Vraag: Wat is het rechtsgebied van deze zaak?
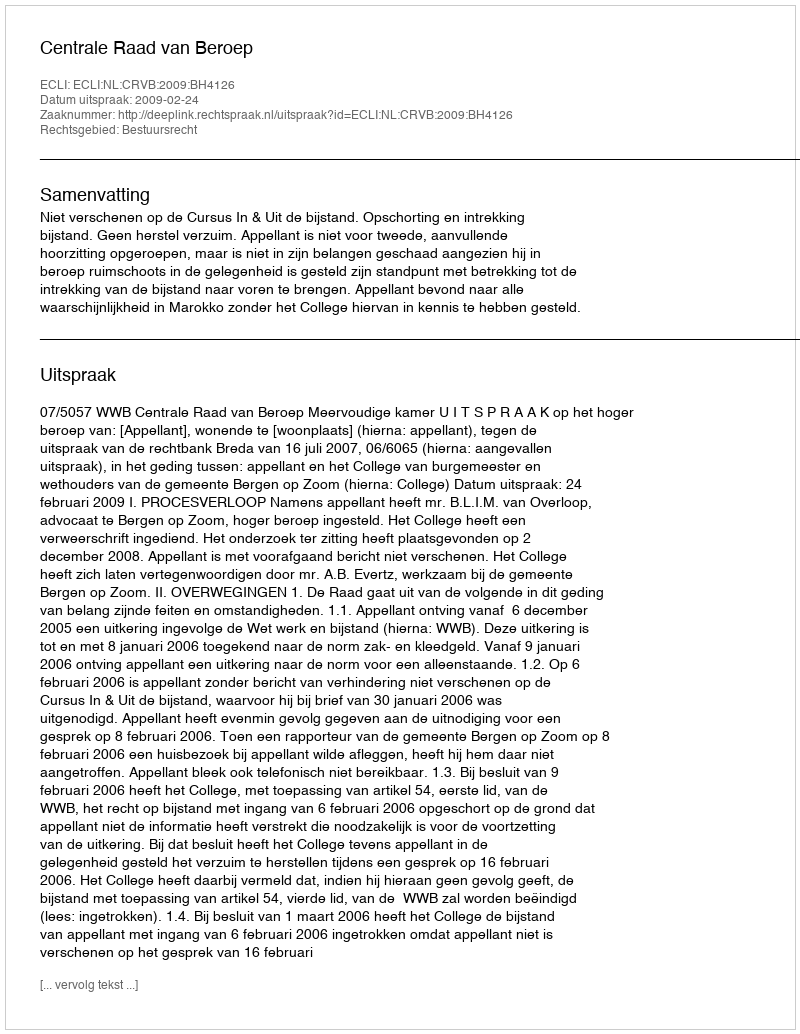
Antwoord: Bestuursrecht